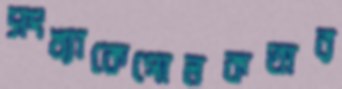
সংখ্যাকেগোলকতার